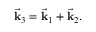
{ \vec { \mathbf { k } } } _ { 3 } = { \vec { \mathbf { k } } } _ { 1 } + { \vec { \mathbf { k } } } _ { 2 } .